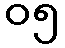
၀၅